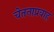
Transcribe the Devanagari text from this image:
चेतनाप्रवाह